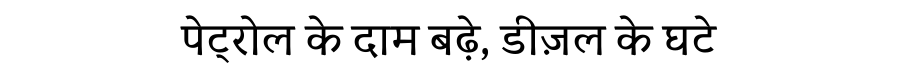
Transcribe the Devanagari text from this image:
पेट्रोल के दाम बढ़े, डीज़ल के घटे